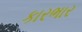
કારભાર